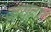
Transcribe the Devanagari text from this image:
जयहर